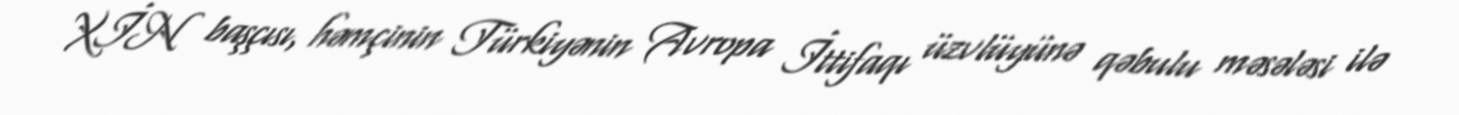
XİN başçısı, həmçinin Türkiyənin Avropa İttifaqı üzvlüyünə qəbulu məsələsi ilə